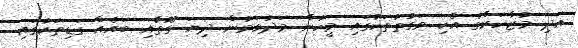
އަދި މުޒާހަރާގެ އެކި ވަގުތުތަކުގައި މީހުން މަދުވަމުން ދިޔަ ގޮތާއި ބައެއް ގަޑިތަކުގައި